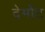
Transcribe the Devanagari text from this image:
देर्मोट